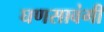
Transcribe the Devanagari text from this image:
घणसावंगी